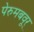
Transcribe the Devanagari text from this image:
पेरुमबवूर्